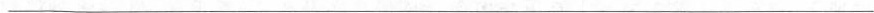
___